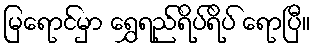
မြရောင်မှာ ရွှေရည်ရိပ်ရိပ် ရောပြီ။